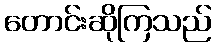
တောင်းဆိုကြသည်